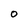
Character: 0